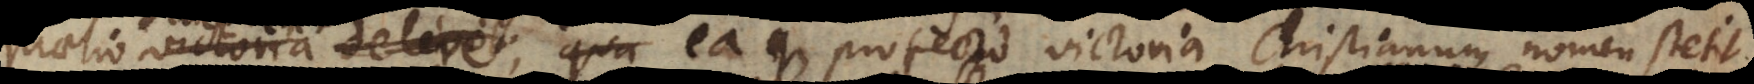
ictoria deleret; qua eaque profecto victoria Christianum nomen stetit,